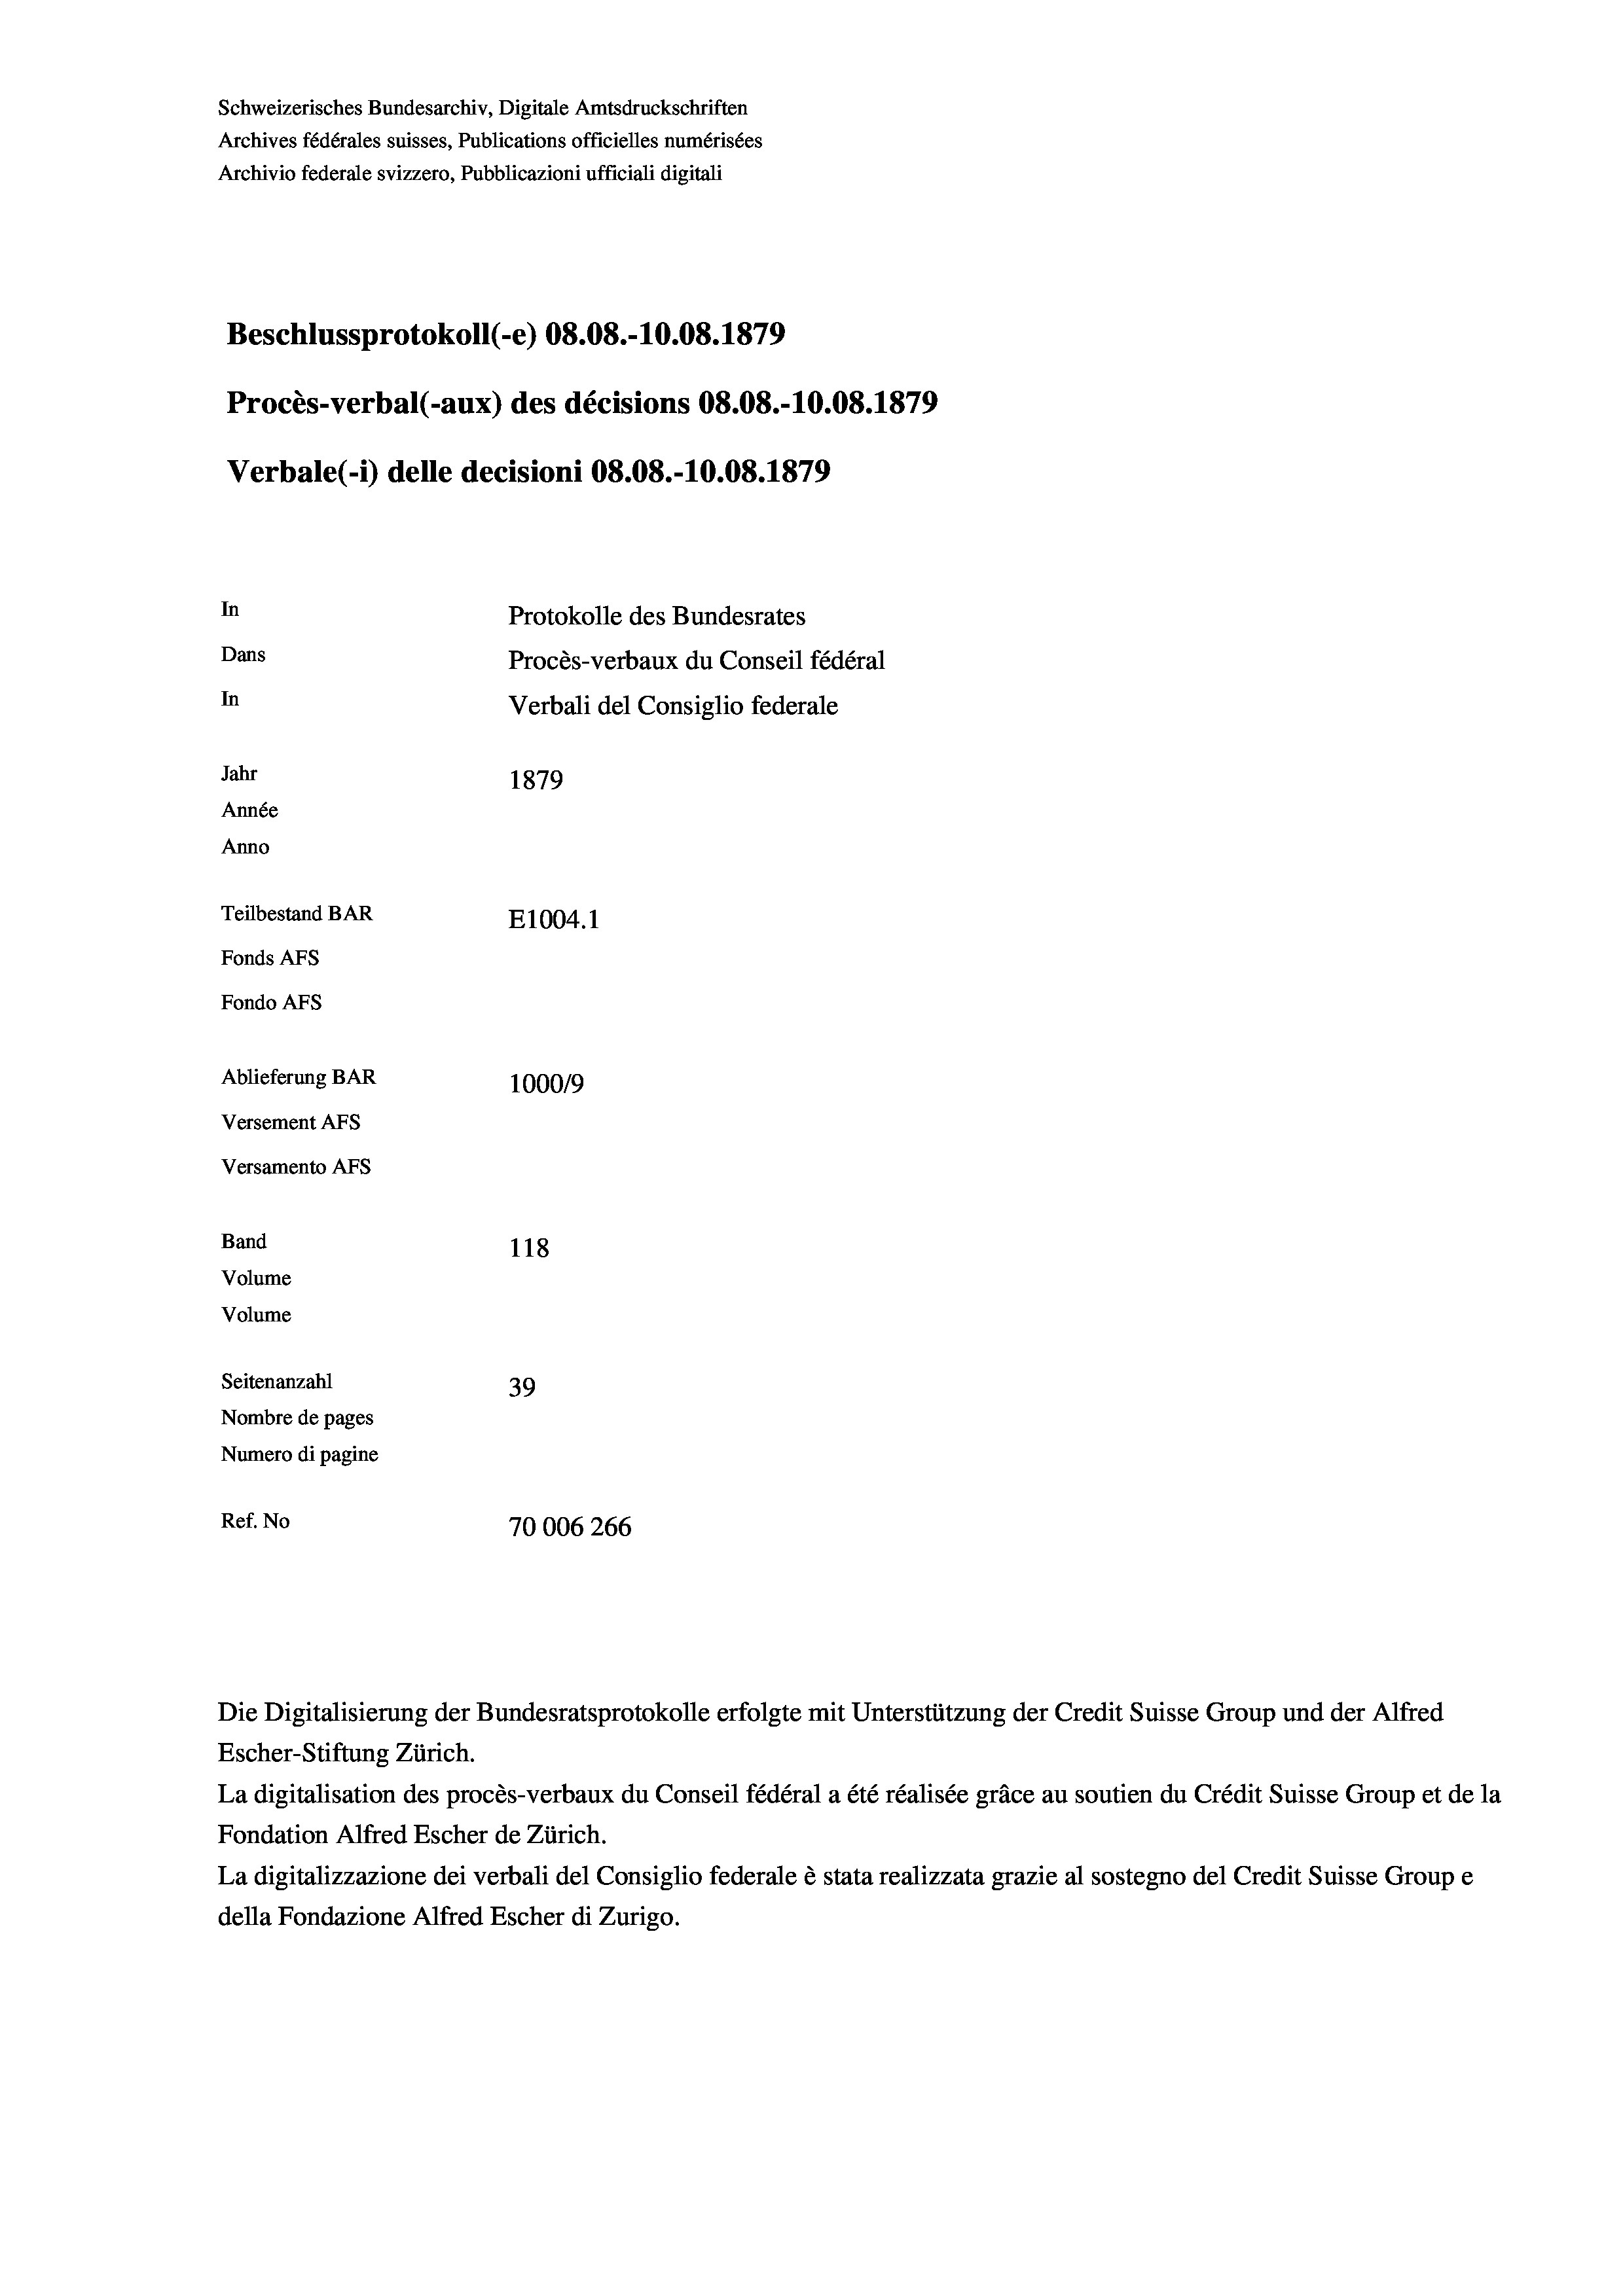
Schweizerisches Bundesarchiv, Digitale Amtsdruckschriften
Archives fédérales suisses, Publications officielles numérisées
Archivio federale svizzero, Pubblicazioni ufficiali digitali
Beschlussprotokoll (-e) 08.08.-10.08. 1879
Procès-verbal (-aux) des décisions 08.08.-10.08. 1879
Verbale (- 1) delle decisioni 08.08.-10.08. 1879
In
Protokolle des Bundesrates
Dans
Procès-verbaux du Conseil fédéral
In
Verbali del Consiglio federale
Jahr
1879
Année
Anno
Teilbestand BAR
E1004.1
Fonds AFs
Fondo AFS
Ablieferung BAR
100019
Versement AFs
Versamento Afs
Band
118
Volume
Volume
Seitenanzahl
39
Nombre de pages
Numero di pagine
Ref. No
70006 266

Die Digitalisierung der Bundesratsprotokolle erfolgte mit Unterstützung der Credit Suisse Group und der Alfred
Escher-Stiftung Zürich.
La digitalisation des procès-verbaux du Conseil fédéral a été réalisée gräce au soutien du Crédit Suisse Group et de la
Fondation Alfred Escher de Zürich.
La digitalizzazione dei verbali del Consiglio federale è stata realizzata grazie al sostegno del Credit Suisse Groupe
della Fondazione Alfred Escher di Zurigo.